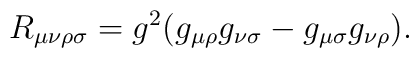
R_{\mu\nu\rho\sigma}=g^2(g_{\mu\rho}g_{\nu\sigma}-g_{\mu\sigma}g_{\nu\rho}).